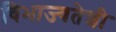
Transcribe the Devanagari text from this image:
विभाज्यतेशी